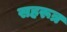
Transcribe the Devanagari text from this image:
सहरूत्र